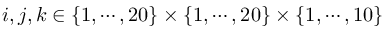
i , j , k \in \{ 1 , \cdots , 2 0 \} \times \{ 1 , \cdots , 2 0 \} \times \{ 1 , \cdots , 1 0 \}